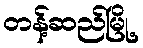
တန့်ဆည်မြို့